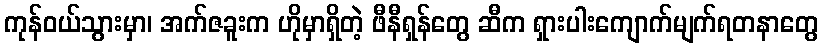
ကုန်ဝယ်သွားမှာ၊ အက်ဇခူးက ဟိုမှာရှိတဲ့ ဖီနီရှန်တွေ ဆီက ရှားပါးကျောက်မျက်ရတနာတွေ